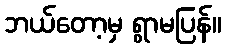
ဘယ်တော့မှ ရွာမပြန်။